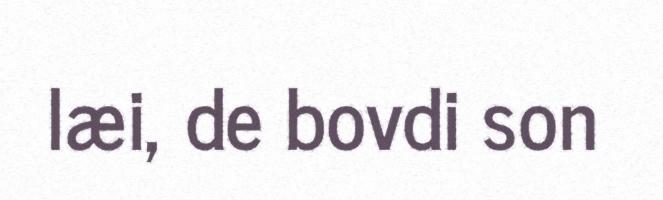
læi, de bovdi son